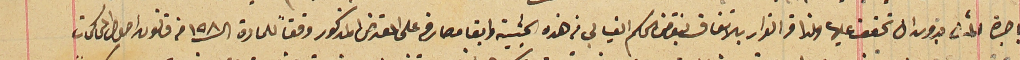
باجرة المسَخر  بدون ان تحقق عليها ولذا قر القرار بالاتفاق بنقض الحكم الغيابي في هذه الحيثية وابقا مصارفه على المعترض المذكور وفقاً للمادة ال١٥٨ من قانون اصول المحاكمات